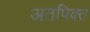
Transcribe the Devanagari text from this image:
अतपिक्त